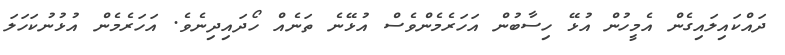
ދައްކައިލައިގެން އެމީހުން އުޅޭ ހިސާބުން އަހަރެމެންވެސް އުޅޭނެ ތަނެއް ހޯދައިދިނެވެ. އަހަރެމެން އުޅުނުކަހަލަ